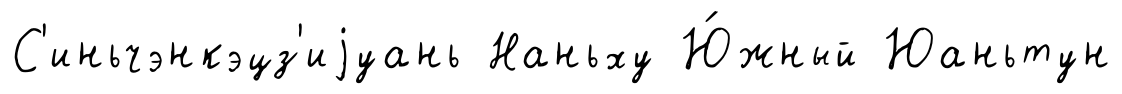
С'иньчэнкэцз'иjуань Наньху Ю́жный Юаньтун